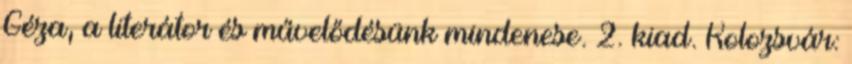
Géza, a literátor és művelődésünk mindenese. 2. kiad. Kolozsvár: